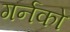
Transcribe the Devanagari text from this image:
गर्नको